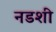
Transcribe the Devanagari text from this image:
नडशी